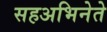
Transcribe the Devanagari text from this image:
सहअभिनेते